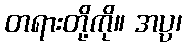
တရားတို့ကို။ အပ္ပ၊